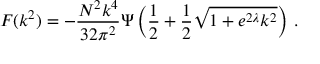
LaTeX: { \cal F } ( k ^ { 2 } ) = - \frac { N ^ { 2 } k ^ { 4 } } { 3 2 \pi ^ { 2 } } \Psi \left( \frac { 1 } { 2 } + \frac { 1 } { 2 } \sqrt { 1 + e ^ { 2 \lambda } k ^ { 2 } } \right) \, .